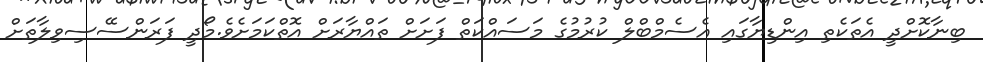
ބިނާކޮށްދީ އެތަކެތި އިންޑިޔާގައި އެސެމްބްލް ކުރުމުގެ މަސައްކަތް ފަށަށް ތައްޔާރަށް އޮތްކަމަށެވެ.މޯދީ ފަރަންސޭސިވިލާތަށް